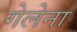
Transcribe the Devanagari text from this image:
गेलेना